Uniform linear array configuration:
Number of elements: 64
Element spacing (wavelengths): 0.75
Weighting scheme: uniform
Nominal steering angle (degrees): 30
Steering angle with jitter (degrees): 30.779
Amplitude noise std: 0.05
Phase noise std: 0.05

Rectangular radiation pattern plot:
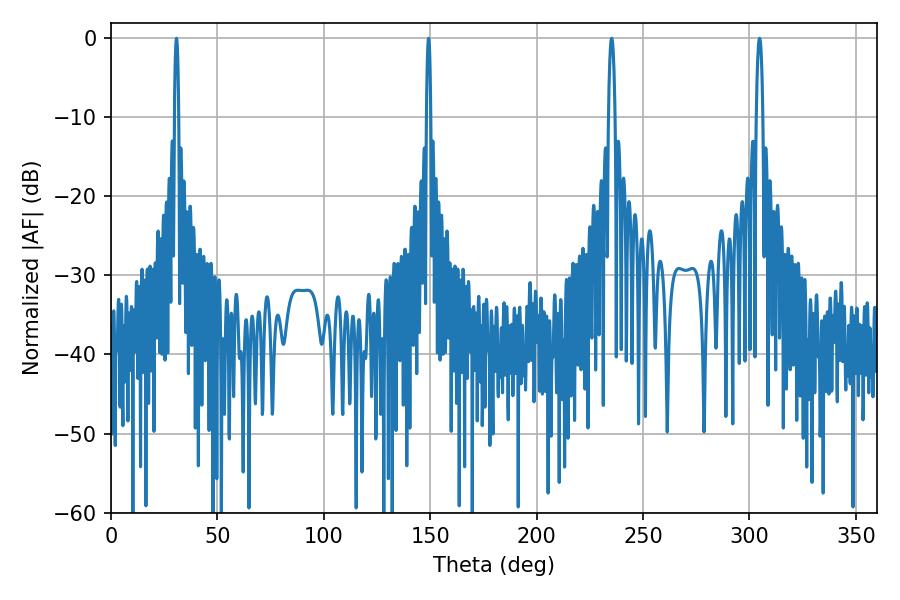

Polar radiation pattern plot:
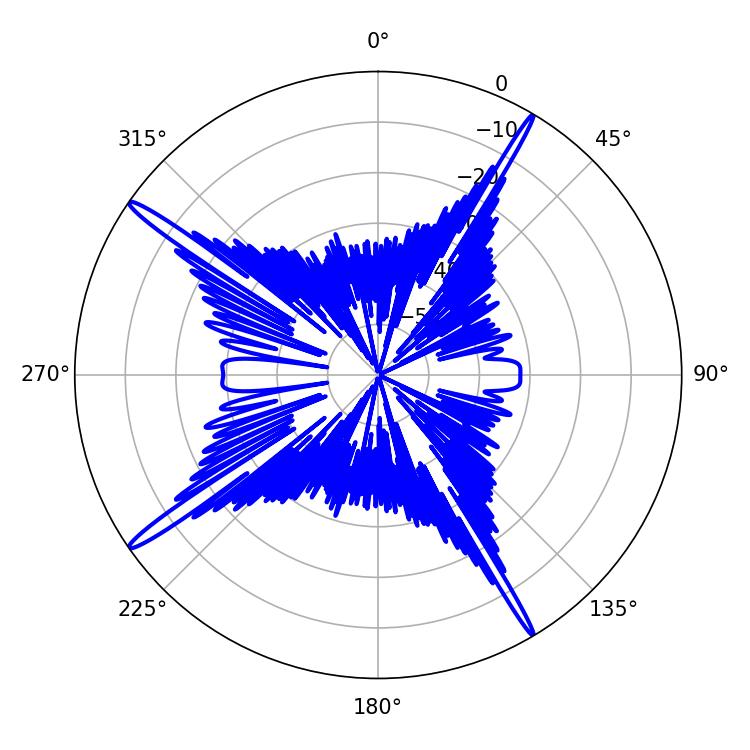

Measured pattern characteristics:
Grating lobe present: TRUE
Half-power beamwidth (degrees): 1.8
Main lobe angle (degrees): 235.26